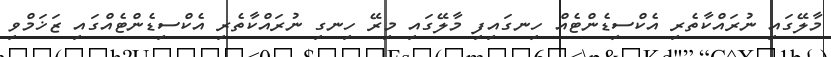
މާލޭގައި ނުރައްކާތެރި އެކްސިޑެންޓެއް ހިނގައިފި މާލޭގައި މިރޭ ހިނގި ނުރައްކާތެރި އެކްސިޑެންޓެއްގައި ޒަޚަމްވި